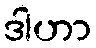
ဒါဟာ